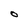
Character: O